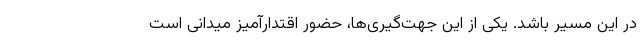
در این مسیر باشد. یکی از این جهت‌گیری‌ها، حضور اقتدارآمیز میدانی است